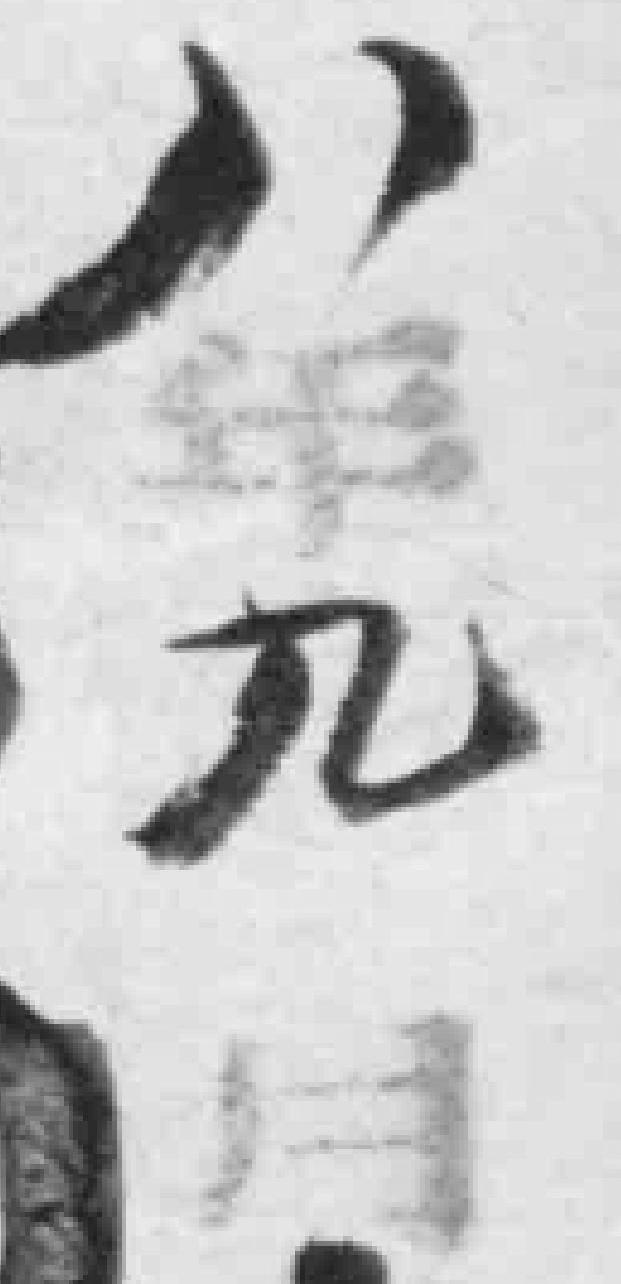
八年九月